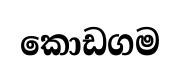
කොඩගම